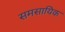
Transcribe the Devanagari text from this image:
समसायिक